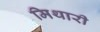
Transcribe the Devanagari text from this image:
मिथारी